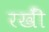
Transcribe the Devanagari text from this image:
रखीँ